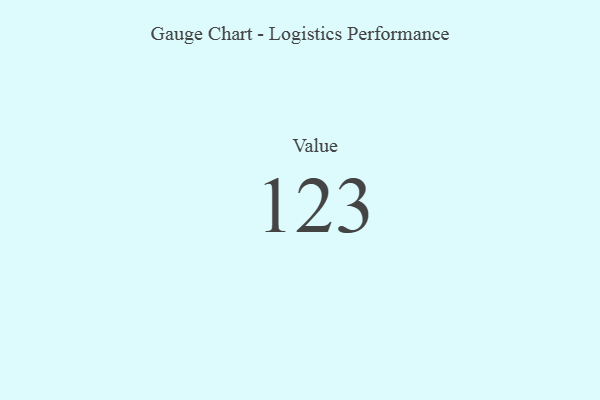
{"axis": {"x": "Metric", "y": "Value"}, "legend": [""], "data": [{"x": "Value", "y": 123, "type": ""}]}